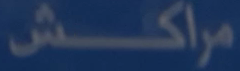
مراكش